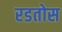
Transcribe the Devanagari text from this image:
रडतोस